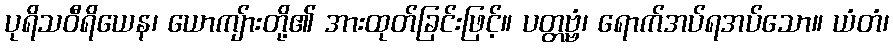
ပုရိသဝီရိယေန၊ ယောကျ်ားတို့၏ အားထုတ်ခြင်းဖြင့်။ ပတ္တဗ္ဗံ၊ ရောက်အပ်ရအပ်သော။ ယံတံ၊